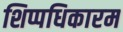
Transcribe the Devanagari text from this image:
शिप्पधिकारम